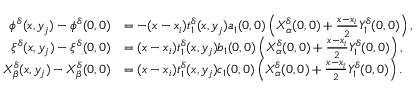
\begin{array} { r l } { \phi ^ { \delta } ( x , y _ { j } ) - \phi ^ { \delta } ( 0 , 0 ) } & { = - ( x - x _ { i } ) t _ { 1 } ^ { \delta } ( x , y _ { j } ) a _ { 1 } ( 0 , 0 ) \left( X _ { \alpha } ^ { \delta } ( 0 , 0 ) + \textstyle \frac { x - x _ { i } } { 2 } Y _ { 1 } ^ { \delta } ( 0 , 0 ) \right) , } \\ { \xi ^ { \delta } ( x , y _ { j } ) - \xi ^ { \delta } ( 0 , 0 ) } & { = ( x - x _ { i } ) t _ { 1 } ^ { \delta } ( x , y _ { j } ) b _ { 1 } ( 0 , 0 ) \left( X _ { \alpha } ^ { \delta } ( 0 , 0 ) + \textstyle \frac { x - x _ { i } } { 2 } Y _ { 1 } ^ { \delta } ( 0 , 0 ) \right) , } \\ { X _ { \beta } ^ { \delta } ( x , y _ { j } ) - X _ { \beta } ^ { \delta } ( 0 , 0 ) } & { = ( x - x _ { i } ) t _ { 1 } ^ { \delta } ( x , y _ { j } ) c _ { 1 } ( 0 , 0 ) \left( X _ { \alpha } ^ { \delta } ( 0 , 0 ) + \textstyle \frac { x - x _ { i } } { 2 } Y _ { 1 } ^ { \delta } ( 0 , 0 ) \right) . } \end{array}